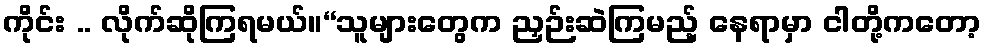
ကိုင်း .. လိုက်ဆိုကြရမယ်။“သူများတွေက ညှဉ်းဆဲကြမည့် နေရာမှာ ငါတို့ကတော့